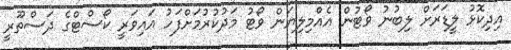
އިދިކޮޅު ލީޑަރަށް ލިބުނު ވޯޓުން އެއްމިލިޔަން ވޯޓު މަދުކުރުމަށްފަހު އައިވަރީ ކޯސްޓްގެ ދަސްތޫރީ